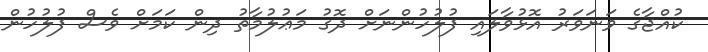
ކުއްޖާގެ ވަނަވަރު އޮޅުވާލައި ފުލުހުންނަށް ދޮގު މަޢުލުމާތު ދިން ކަމަށް ވެސް ފުލުހުން